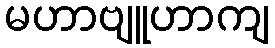
မဟာဗျူဟာကျ